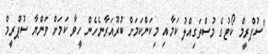
"ސުޕްރީމް ކޯޓުގެ މުސްތަގިއްލު ކަމާއި މިކަންކަމަށް ބުރޫއަރާނެހެން ހީވާ ކަމަށް ވަންޔާ ސުޕްރީމް